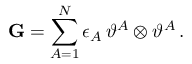
\mathbf { G } = \sum _ { A = 1 } ^ { N } \epsilon _ { A } \, \vartheta ^ { A } \otimes \vartheta ^ { A } \, .